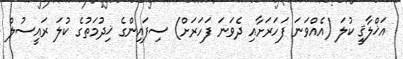
އަޚްލާޤީ ކުލަ (އެއްވަނަ ފަހަރަށާއި ދެވަނަ ފަހަރަށް) ސިފައިންގެ ޚިދުމަތުގެ ކުލަ ރައީސުލް